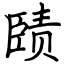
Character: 赜